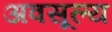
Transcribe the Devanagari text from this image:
अवसूल्य